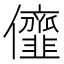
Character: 𠑠